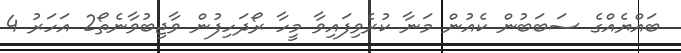
ބައްޔެއްގެ ސަބަބުން ކެއުން މަނާ ކުރެވިފައިވާ މީހާ ރޯދަހިފުން ވާޖިބުވާނެތޯ2 އަހަރު 4